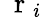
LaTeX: \mathrm{~\mathbf~r~}_{i}